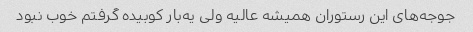
جوجه‌های این رستوران همیشه عالیه ولی یه‌بار کوبیده گرفتم خوب نبود